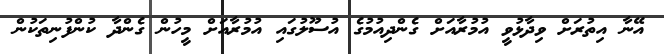
އޭނާ އިތުރަށް ވިދާޅުވީ އުމުރާއަށް ގެންދިއުމުގެ އުސޫލުގައި އުމުރާއަށް މީހުން ގެންދާ ކުންފުނިތަކުން